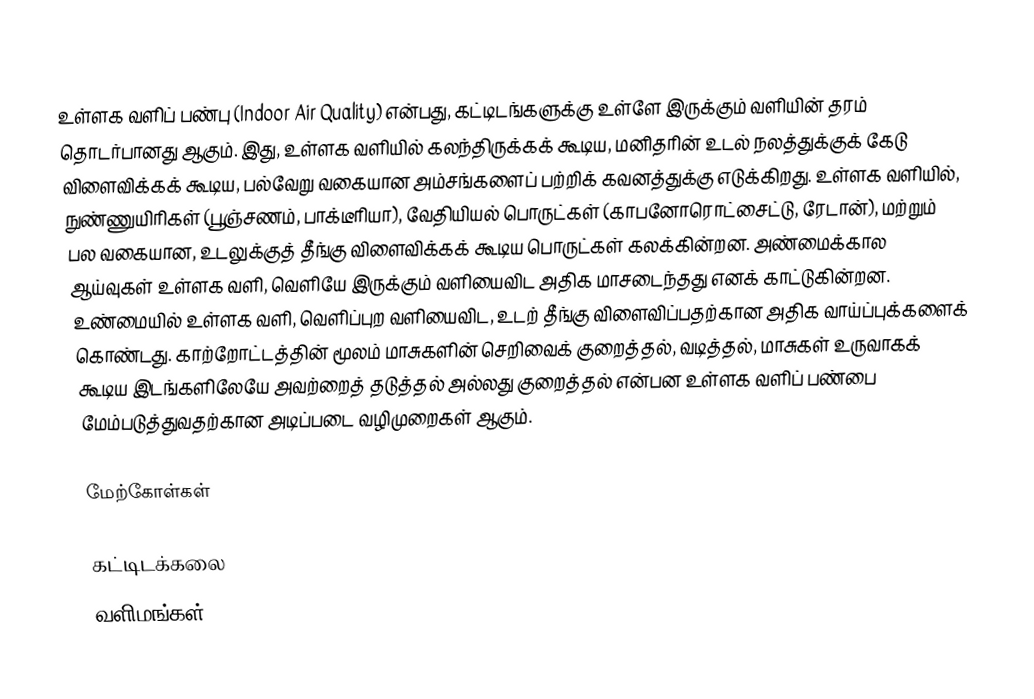
உள்ளக வளிப் பண்பு (Indoor Air Quality) என்பது, கட்டிடங்களுக்கு உள்ளே இருக்கும் வளியின் தரம் தொடர்பானது ஆகும். இது, உள்ளக வளியில் கலந்திருக்கக் கூடிய, மனிதரின் உடல் நலத்துக்குக் கேடு விளைவிக்கக் கூடிய, பல்வேறு வகையான அம்சங்களைப் பற்றிக் கவனத்துக்கு எடுக்கிறது. உள்ளக வளியில், நுண்ணுயிரிகள் (பூஞ்சணம், பாக்டீரியா), வேதியியல் பொருட்கள் (காபனோரொட்சைட்டு, ரேடான்), மற்றும் பல வகையான, உடலுக்குத் தீங்கு விளைவிக்கக் கூடிய பொருட்கள் கலக்கின்றன. அண்மைக்கால ஆய்வுகள் உள்ளக வளி, வெளியே இருக்கும் வளியைவிட அதிக மாசடைந்தது எனக் காட்டுகின்றன. உண்மையில் உள்ளக வளி, வெளிப்புற வளியைவிட, உடற் தீங்கு விளைவிப்பதற்கான அதிக வாய்ப்புக்களைக் கொண்டது. காற்றோட்டத்தின் மூலம் மாசுகளின் செறிவைக் குறைத்தல், வடித்தல், மாசுகள் உருவாகக் கூடிய இடங்களிலேயே அவற்றைத் தடுத்தல் அல்லது குறைத்தல் என்பன உள்ளக வளிப் பண்பை மேம்படுத்துவதற்கான அடிப்படை வழிமுறைகள் ஆகும்.

மேற்கோள்கள்

கட்டிடக்கலை
வளிமங்கள்